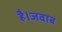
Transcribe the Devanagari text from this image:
है।जवाब